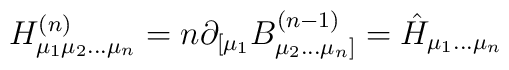
H^{(n)}_{\mu_1 \mu_2 \ldots \mu_n} =n \partial_{[\mu_1} B^{(n-1)} _{\mu_2 \ldots \mu_n]} = \hat{H}_{\mu_1 \ldots \mu_n}